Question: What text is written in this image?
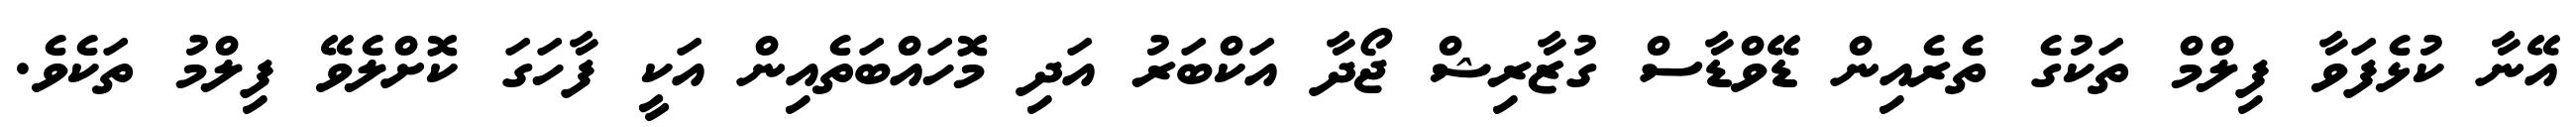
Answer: އޭނާ ކުޅެފަވާ ފިލްމް ތަކުގެ ތެރެއިން ޑޭވްޑާސް ގުޒާރިޝް ޖޯދާ އަކްބަރު އަދި މޮހައްބަތެއިން އަކީ ފާހަގަ ކޮށްލެވޭ ފިލްމު ތަކެވެ.